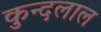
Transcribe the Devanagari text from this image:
कुन्दलाल